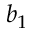
b _ { 1 }